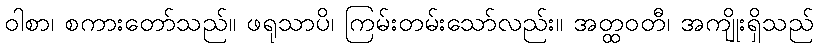
ဝါစာ၊ စကားတော်သည်။ ဖရုသာပိ၊ ကြမ်းတမ်းသော်လည်း။ အတ္ထဝတီ၊ အကျိုးရှိသည်